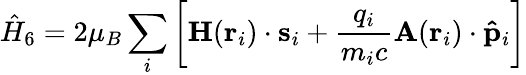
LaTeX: {\hat{H}}_{6}=2\mu_{B}\sum_{i}\left[\mathbf{H}(\mathbf{r}_{i})\cdot\mathbf{s}_{i}+{\frac{q_{i}}{m_{i}c}}\mathbf{A}(\mathbf{r}_{i})\cdot\mathbf{\hat{p}}_{i}\right]